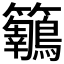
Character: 𪈅